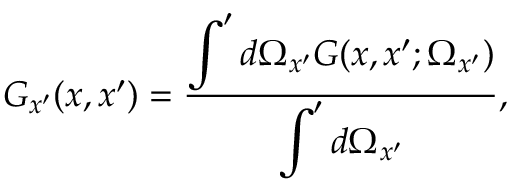
G _ { x ^ { \prime } } ( x , x ^ { \prime } ) = \frac { \displaystyle \int ^ { \prime } d \Omega _ { x ^ { \prime } } G ( x , x ^ { \prime } ; \Omega _ { x ^ { \prime } } ) } { \displaystyle \int ^ { \prime } d \Omega _ { x ^ { \prime } } } ,